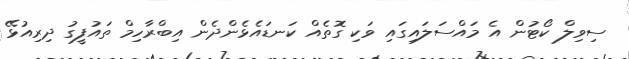
ސިވިލް ކޯޓުން އެ މައްސަލައިގައި ވަކި ގޮތެއް ކަނޑައެޅެންދެން އިބްރާހިމް ތައުފީގު ދިރިއުޅޭ